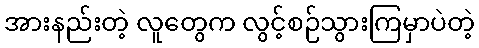
အားနည်းတဲ့ လူတွေက လွင့်စဉ်သွားကြမှာပဲတဲ့